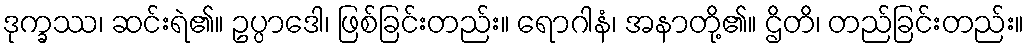
ဒုက္ခဿ၊ ဆင်းရဲ၏။ ဥပ္ပာဒေါ၊ ဖြစ်ခြင်းတည်း။ ရောဂါနံ၊ အနာတို့၏။ ဌိတိ၊ တည်ခြင်းတည်း။